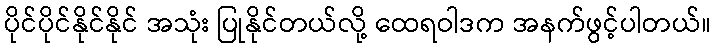
ပိုင်ပိုင်နိုင်နိုင် အသုံး ပြုနိုင်တယ်လို့ ထေရဝါဒက အနက်ဖွင့်ပါတယ်။